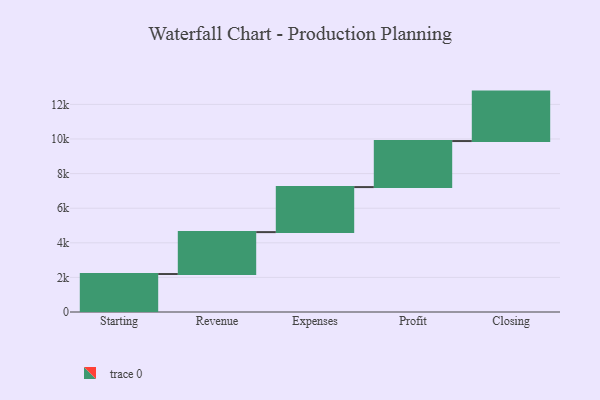
{"axis": {"x": "Step", "y": "Value"}, "legend": [""], "data": [{"x": "Starting", "y": 2195.0, "type": ""}, {"x": "Revenue", "y": 2423.0, "type": ""}, {"x": "Expenses", "y": 2603.0, "type": ""}, {"x": "Profit", "y": 2661.0, "type": ""}, {"x": "Closing", "y": 2858.0, "type": ""}]}